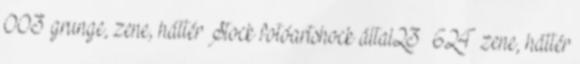
003 grunge, zene, háttér Stock fotóartshock által23 624 zene, háttér